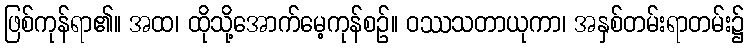
ဖြစ်ကုန်ရာ၏။ အထ၊ ထိုသို့အောက်မေ့ကုန်စဉ်။ ဝဿသတာယုကာ၊ အနှစ်တမ်းရာတမ်း၌